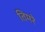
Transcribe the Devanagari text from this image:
तिमरे